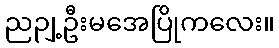
ညဉျ့ဦးမအေပြိုကလေး။